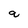
Character: q